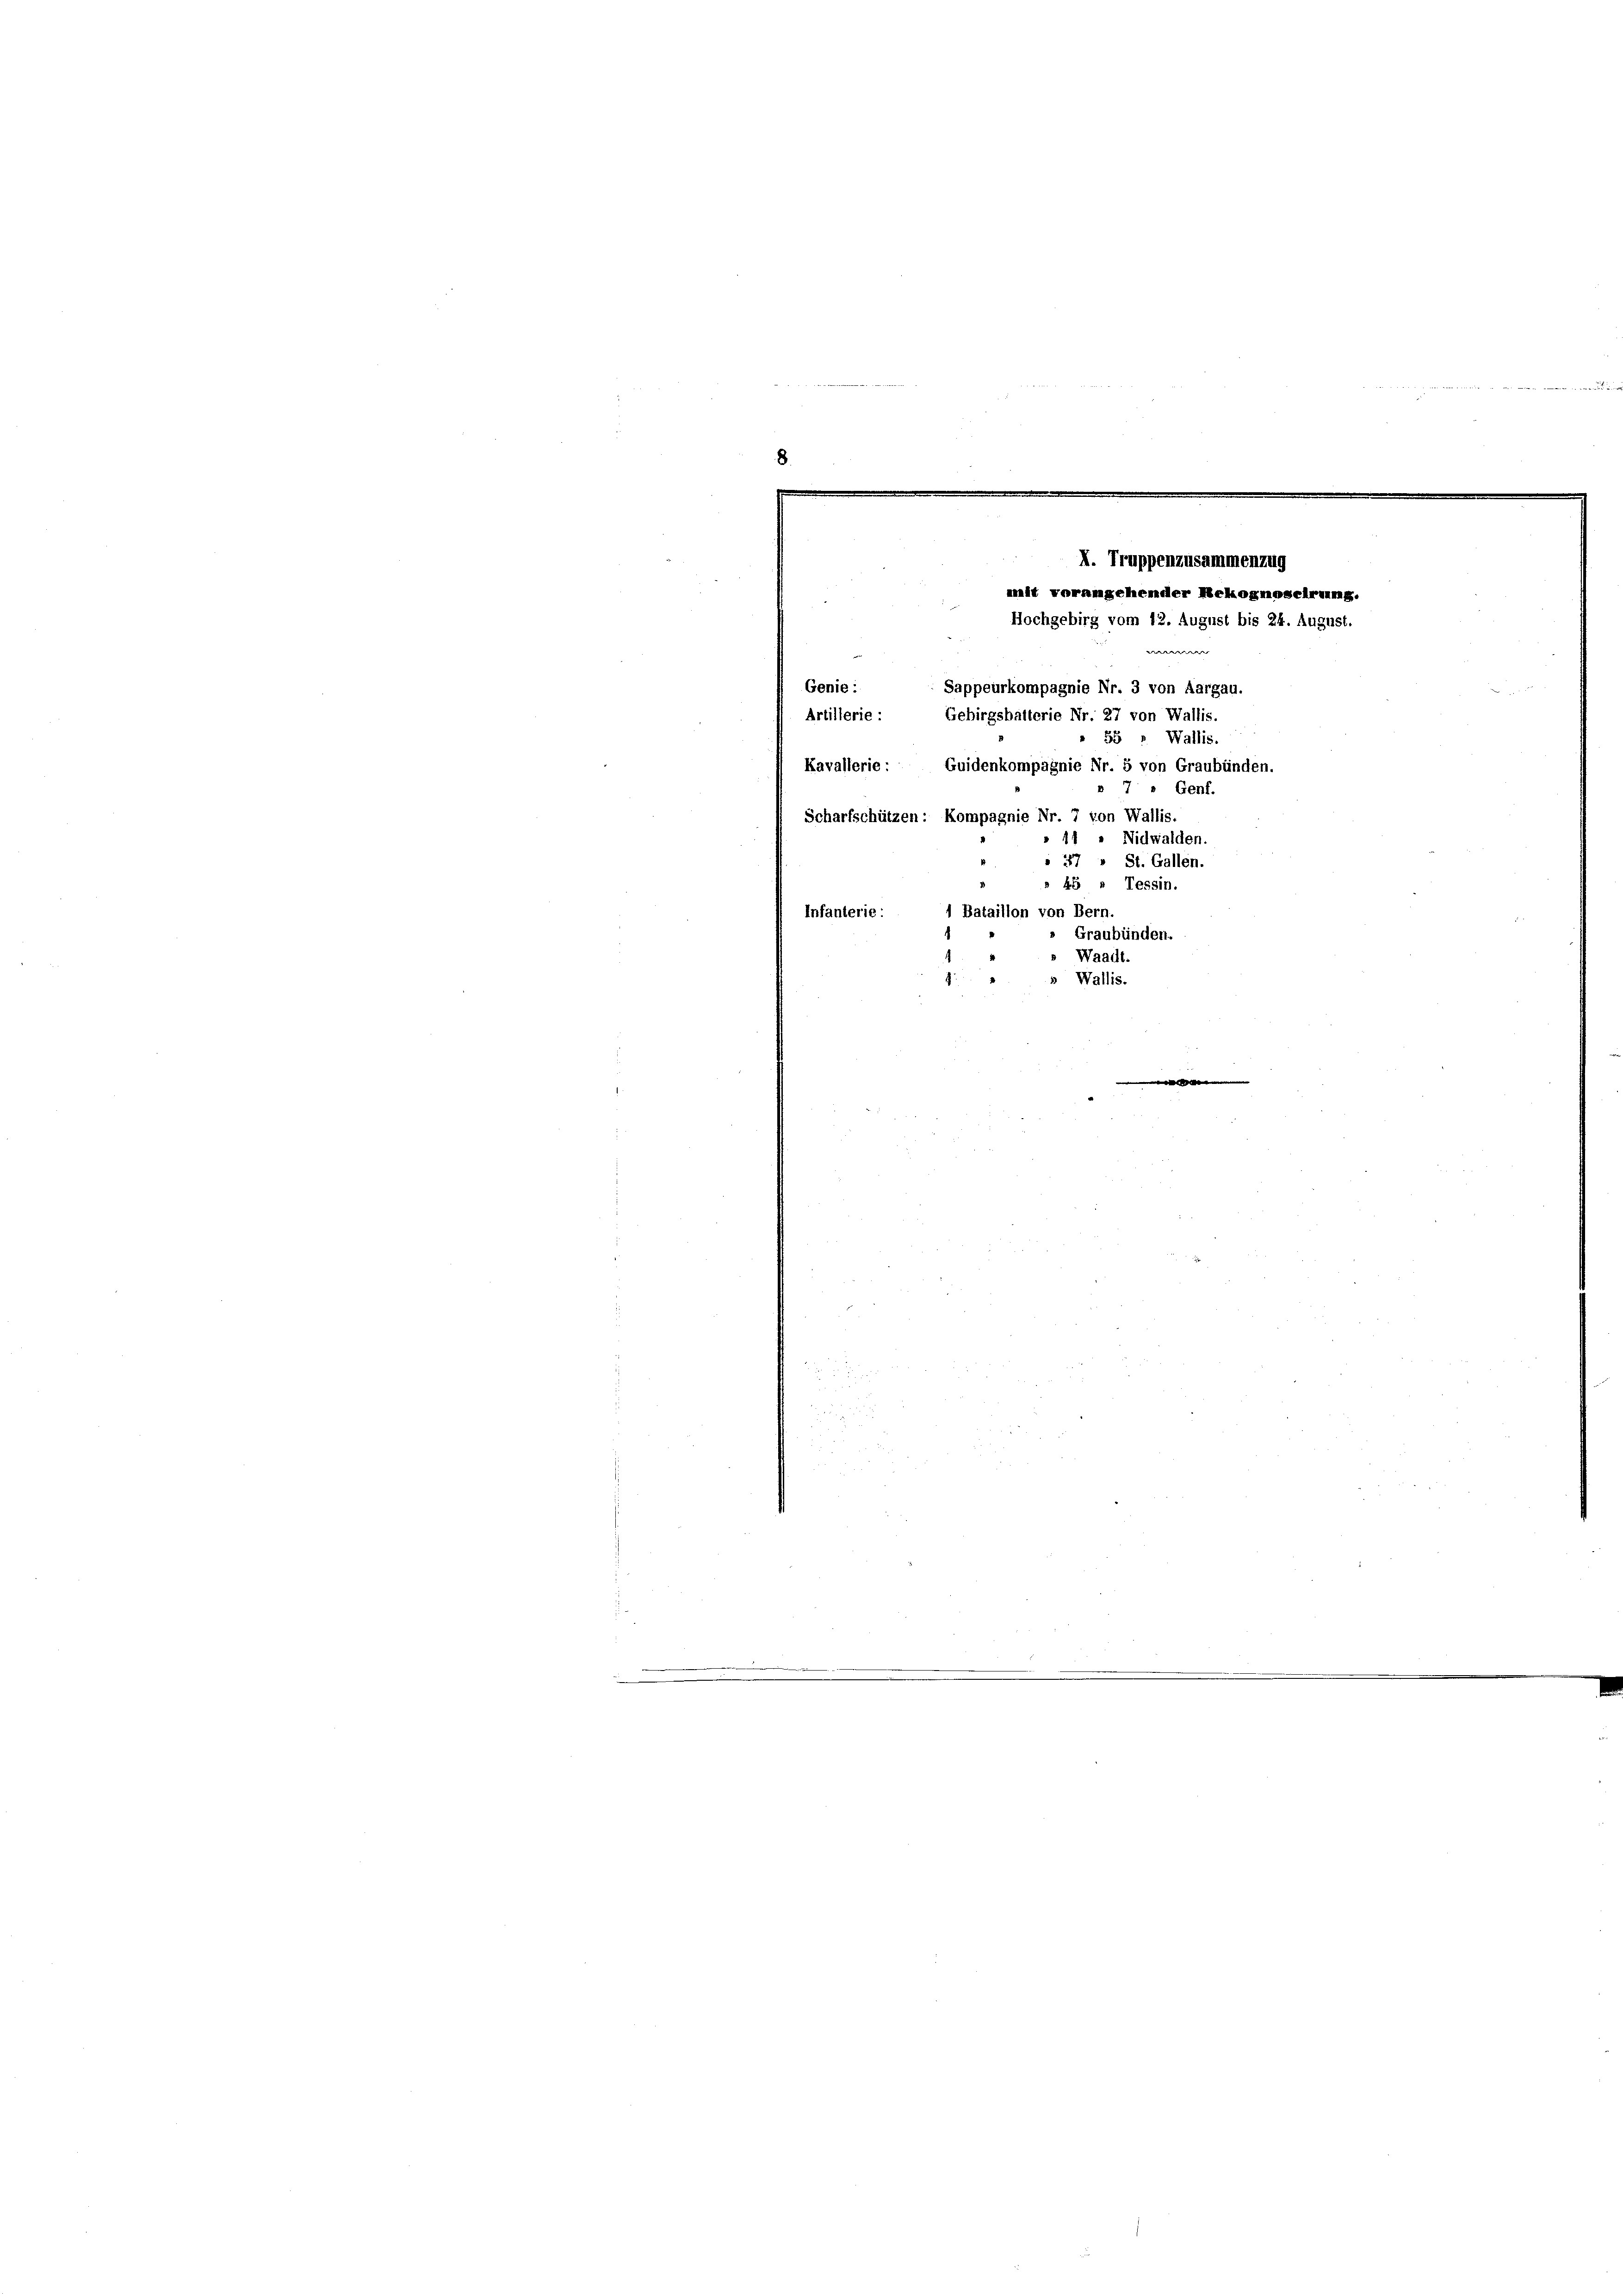
Genie:
Artillerie-
Kavallerie:
Infanterie. 1 Bataillon von Bern.
Graubünden.
 Waadt
7
» Wallis.
n

I. Truppenzusammenzug
amit vorangehender Rekognoscirung.
Hochgebirg vom 12. August bis 24. August.

Sappeurkompagnie Nr. 3 von Aargau.
Gebirgsbalterie Nr. 27 von Wallis.
35 " Wallis.
Guidenkompagnie Nr. 5 von Graubünden.
7 " Genf.
Scharfschützen: Kompagnie Nr. 7 von Wallis.
» 14 " Nidwalden.
" " 27 St. Gallen.
» 45 » Tessin.

w